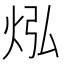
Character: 𪸡